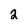
Character: 2